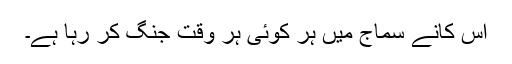
اس کانے سماج میں ہر کوئی ہر وقت جنگ کر رہا ہے۔